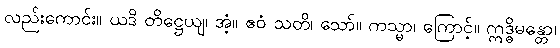
လည်းကောင်း။ ယဒိ တိဋ္ဌေယျ၊ အံ့။ ဧဝံ သတိ၊ သော်။ ကသ္မာ၊ ကြောင့်။ ဣဒ္ဓိမန္တော၊